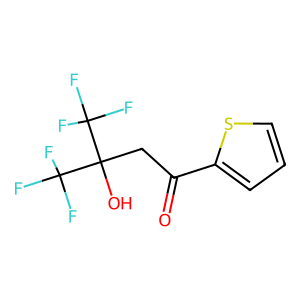
SMILES: O=C(CC(O)(C(F)(F)F)C(F)(F)F)c1cccs1
Inhibits HIV replication: No